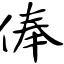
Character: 俸